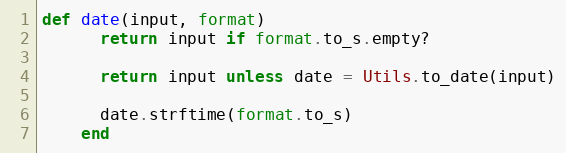
Language: Ruby
def date(input, format)
      return input if format.to_s.empty?

      return input unless date = Utils.to_date(input)

      date.strftime(format.to_s)
    end